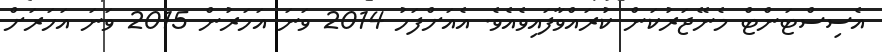
އެސިސްޓަންޓް މެނޭޖަރުކަން ކުރައްވާފައިވެއެވެ. އެއަށްފަހު 2014 ވަނަ އަހަރުން 2015 ވަނަ އަހަރަށް